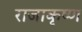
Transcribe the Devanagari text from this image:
राजाकृष्ण